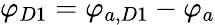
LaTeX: \varphi_{D1}=\varphi_{a,D1}-\varphi_{a}